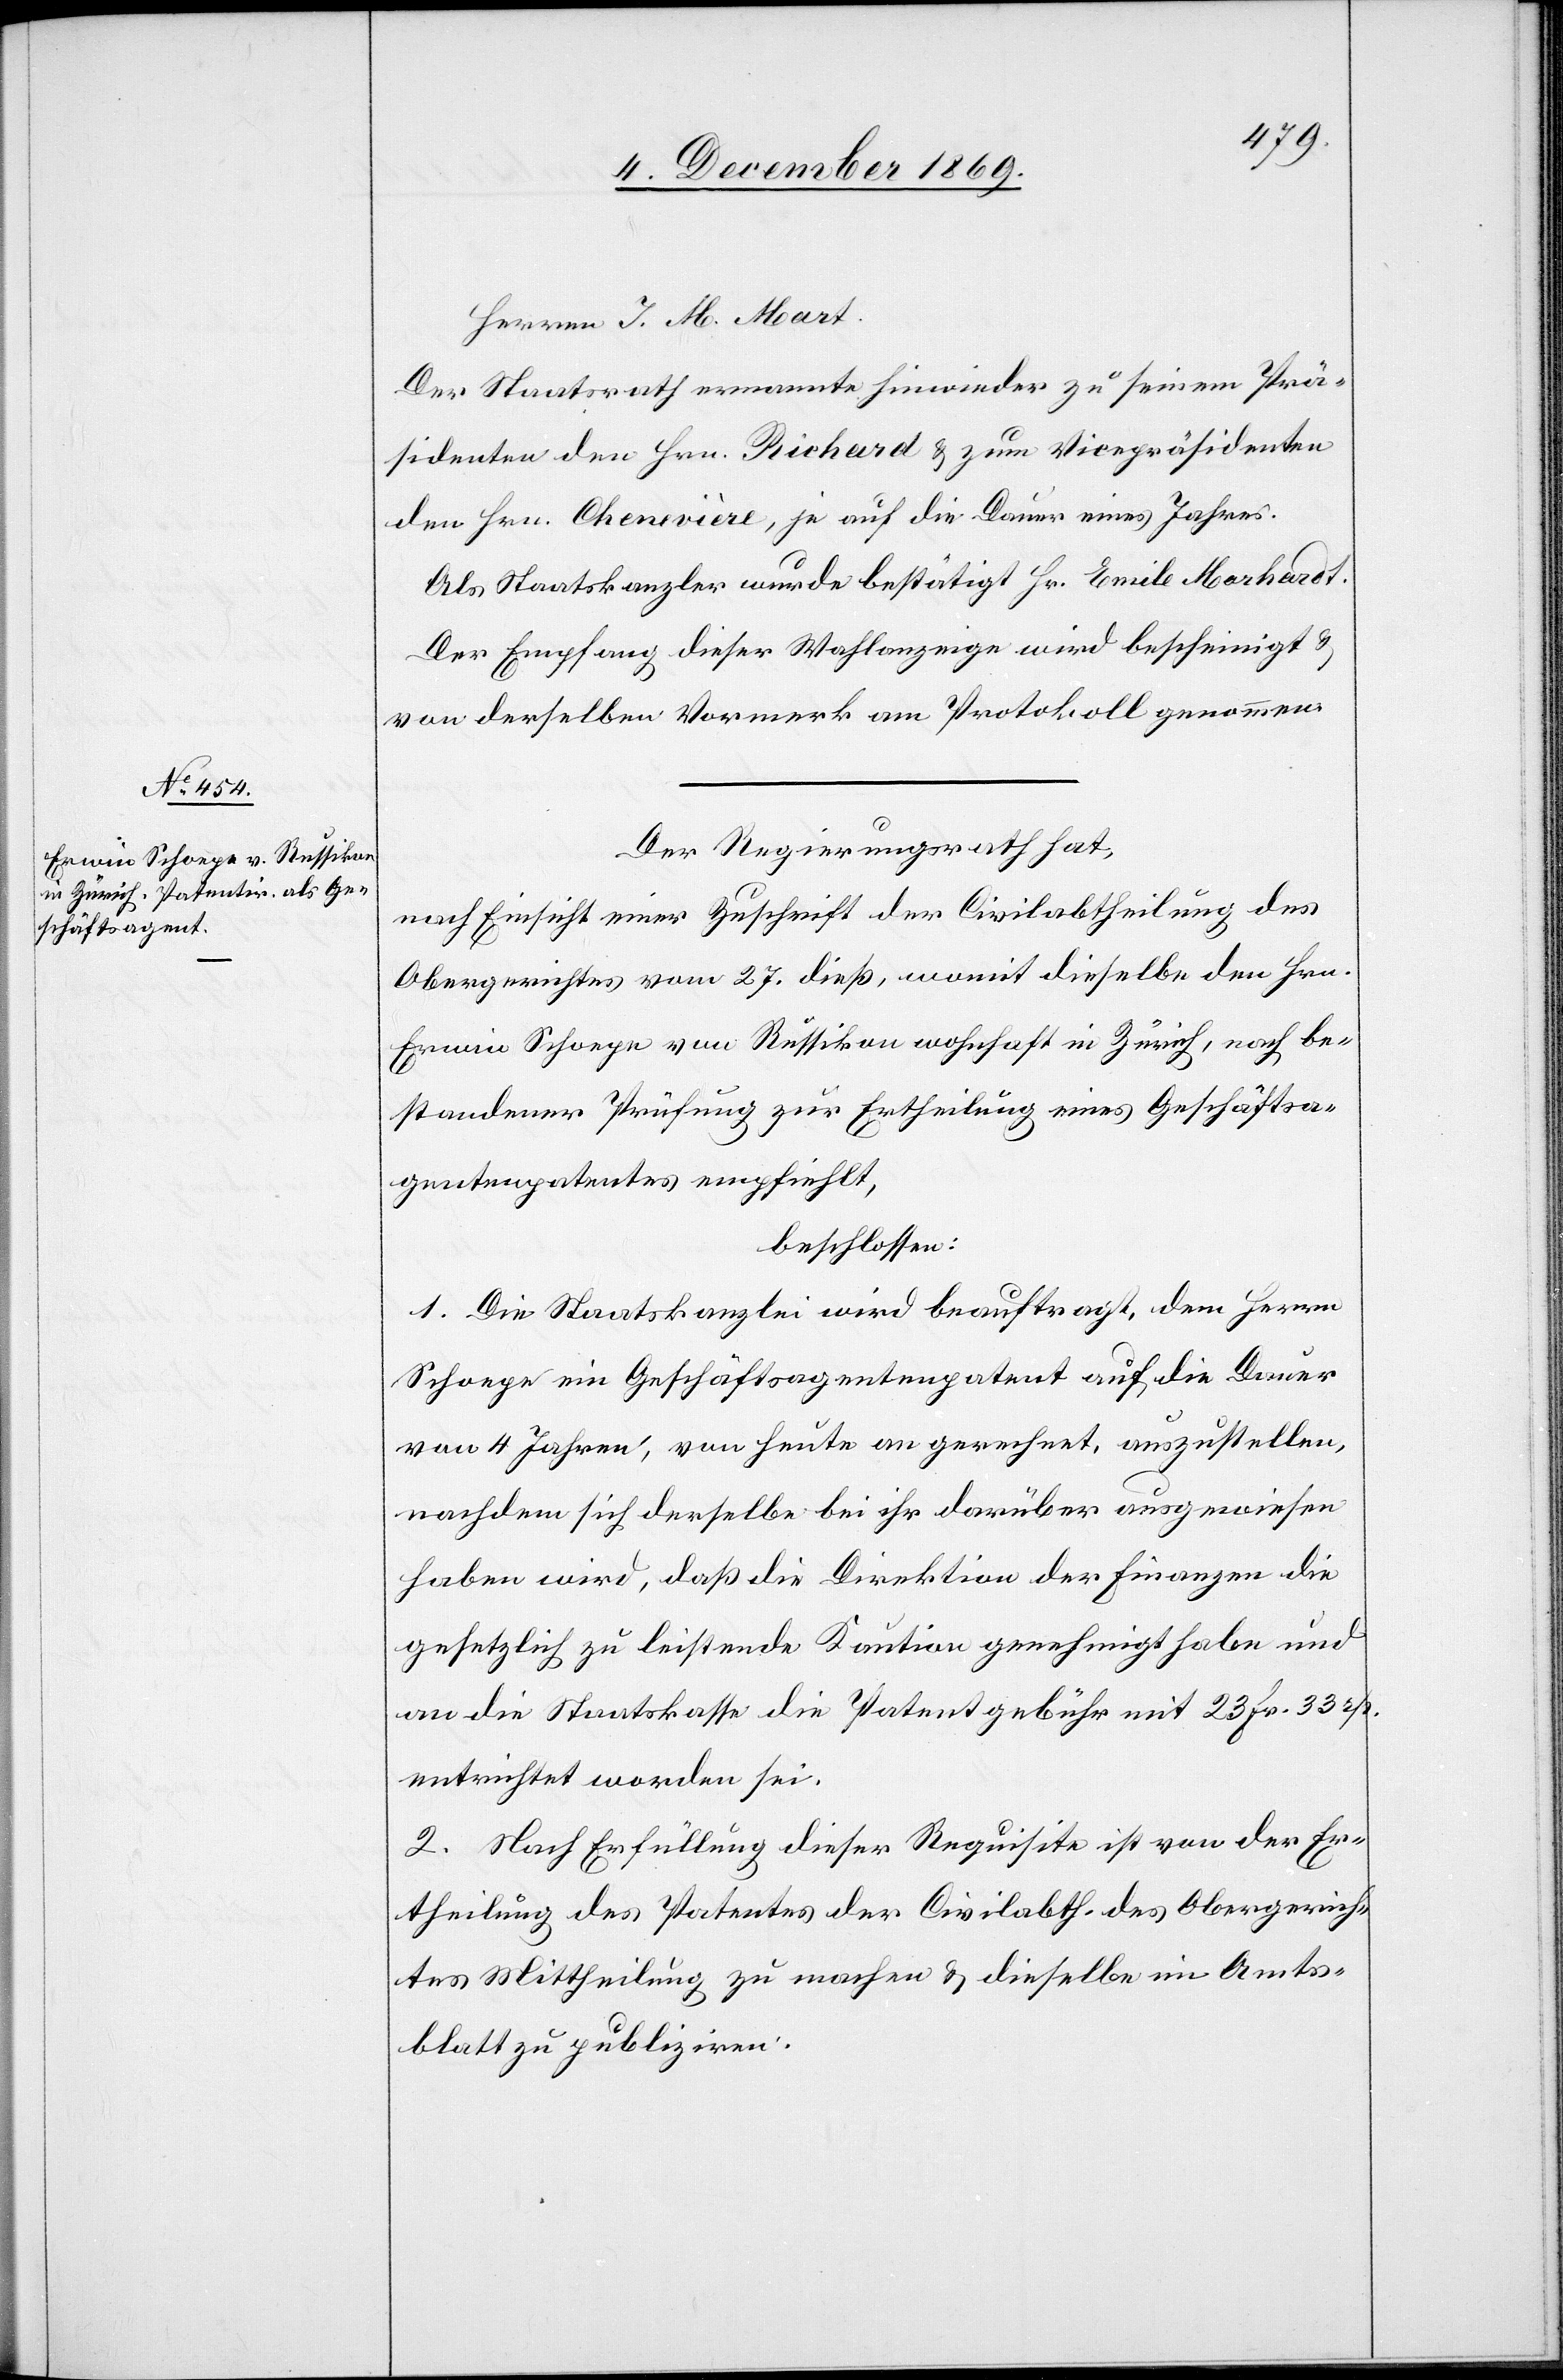
Herren J. M. Mart.
Der Staatsrath ernannte hinwieder zu seinem Prä¬
sidenten den Hrn. Richard & zum Vicepräsidenten
den Hrn. Chenevière, je auf die Dauer eines Jahres.
Als Staatskanzler wurde bestätigt Hr. Emile Morhardt.
Der Empfang dieser Wahlanzeige wird bescheinigt &
von derselben Vormerk am Protokoll genommen.
Der Regierungsrath hat,
nach Einsicht einer Zuschrift der Civilabtheilung des
Obergerichtes vom 27. dieß, womit dieselbe den Hrn.
Erwin Schoepe von Russikon wohnhaft in Zürich, nach be¬
standener Prüfung zur Ertheilung eines Geschäftsa¬
gentenpatentes empfiehlt,
beschlossen:
1. Die Staatskanzlei wird beauftragt, dem Herrn
Schoepe ein Geschäftsagentenpatent auf die Dauer
von 4 Jahren, von heute an gerechnet, auszustellen,
nachdem sich derselbe bei ihr darüber ausgewiesen
haben wird, daß die Direktion der Finanzen die
gesetzlich zu leistende Kaution genehmigt habe und
an die Staatskasse die Patentgebühr mit 23 Fr. 33 rp.
entrichtet worden sei.
2. Nach Erfüllung dieser Requisite ist von der Er¬
theilung des Patentes der Civilabth. des Obergerich¬
tes Mittheilung zu machen & dieselbe im Amts¬
blatt zu publiziren.